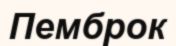
Пемброк